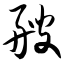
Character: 艘